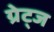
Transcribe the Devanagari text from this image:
ग्रेट्ज